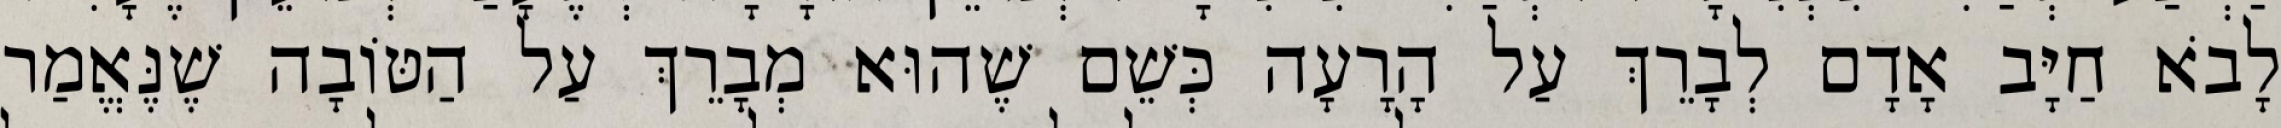
לָבֹא חַיָּב אָדָם לְבָרֵךְ עַל הָרָעָה כְּשֵׁם שֶׁהוּא מְבָרֵךְ עַל הַטּוֹבָה שֶׁנֶּאֱמַר